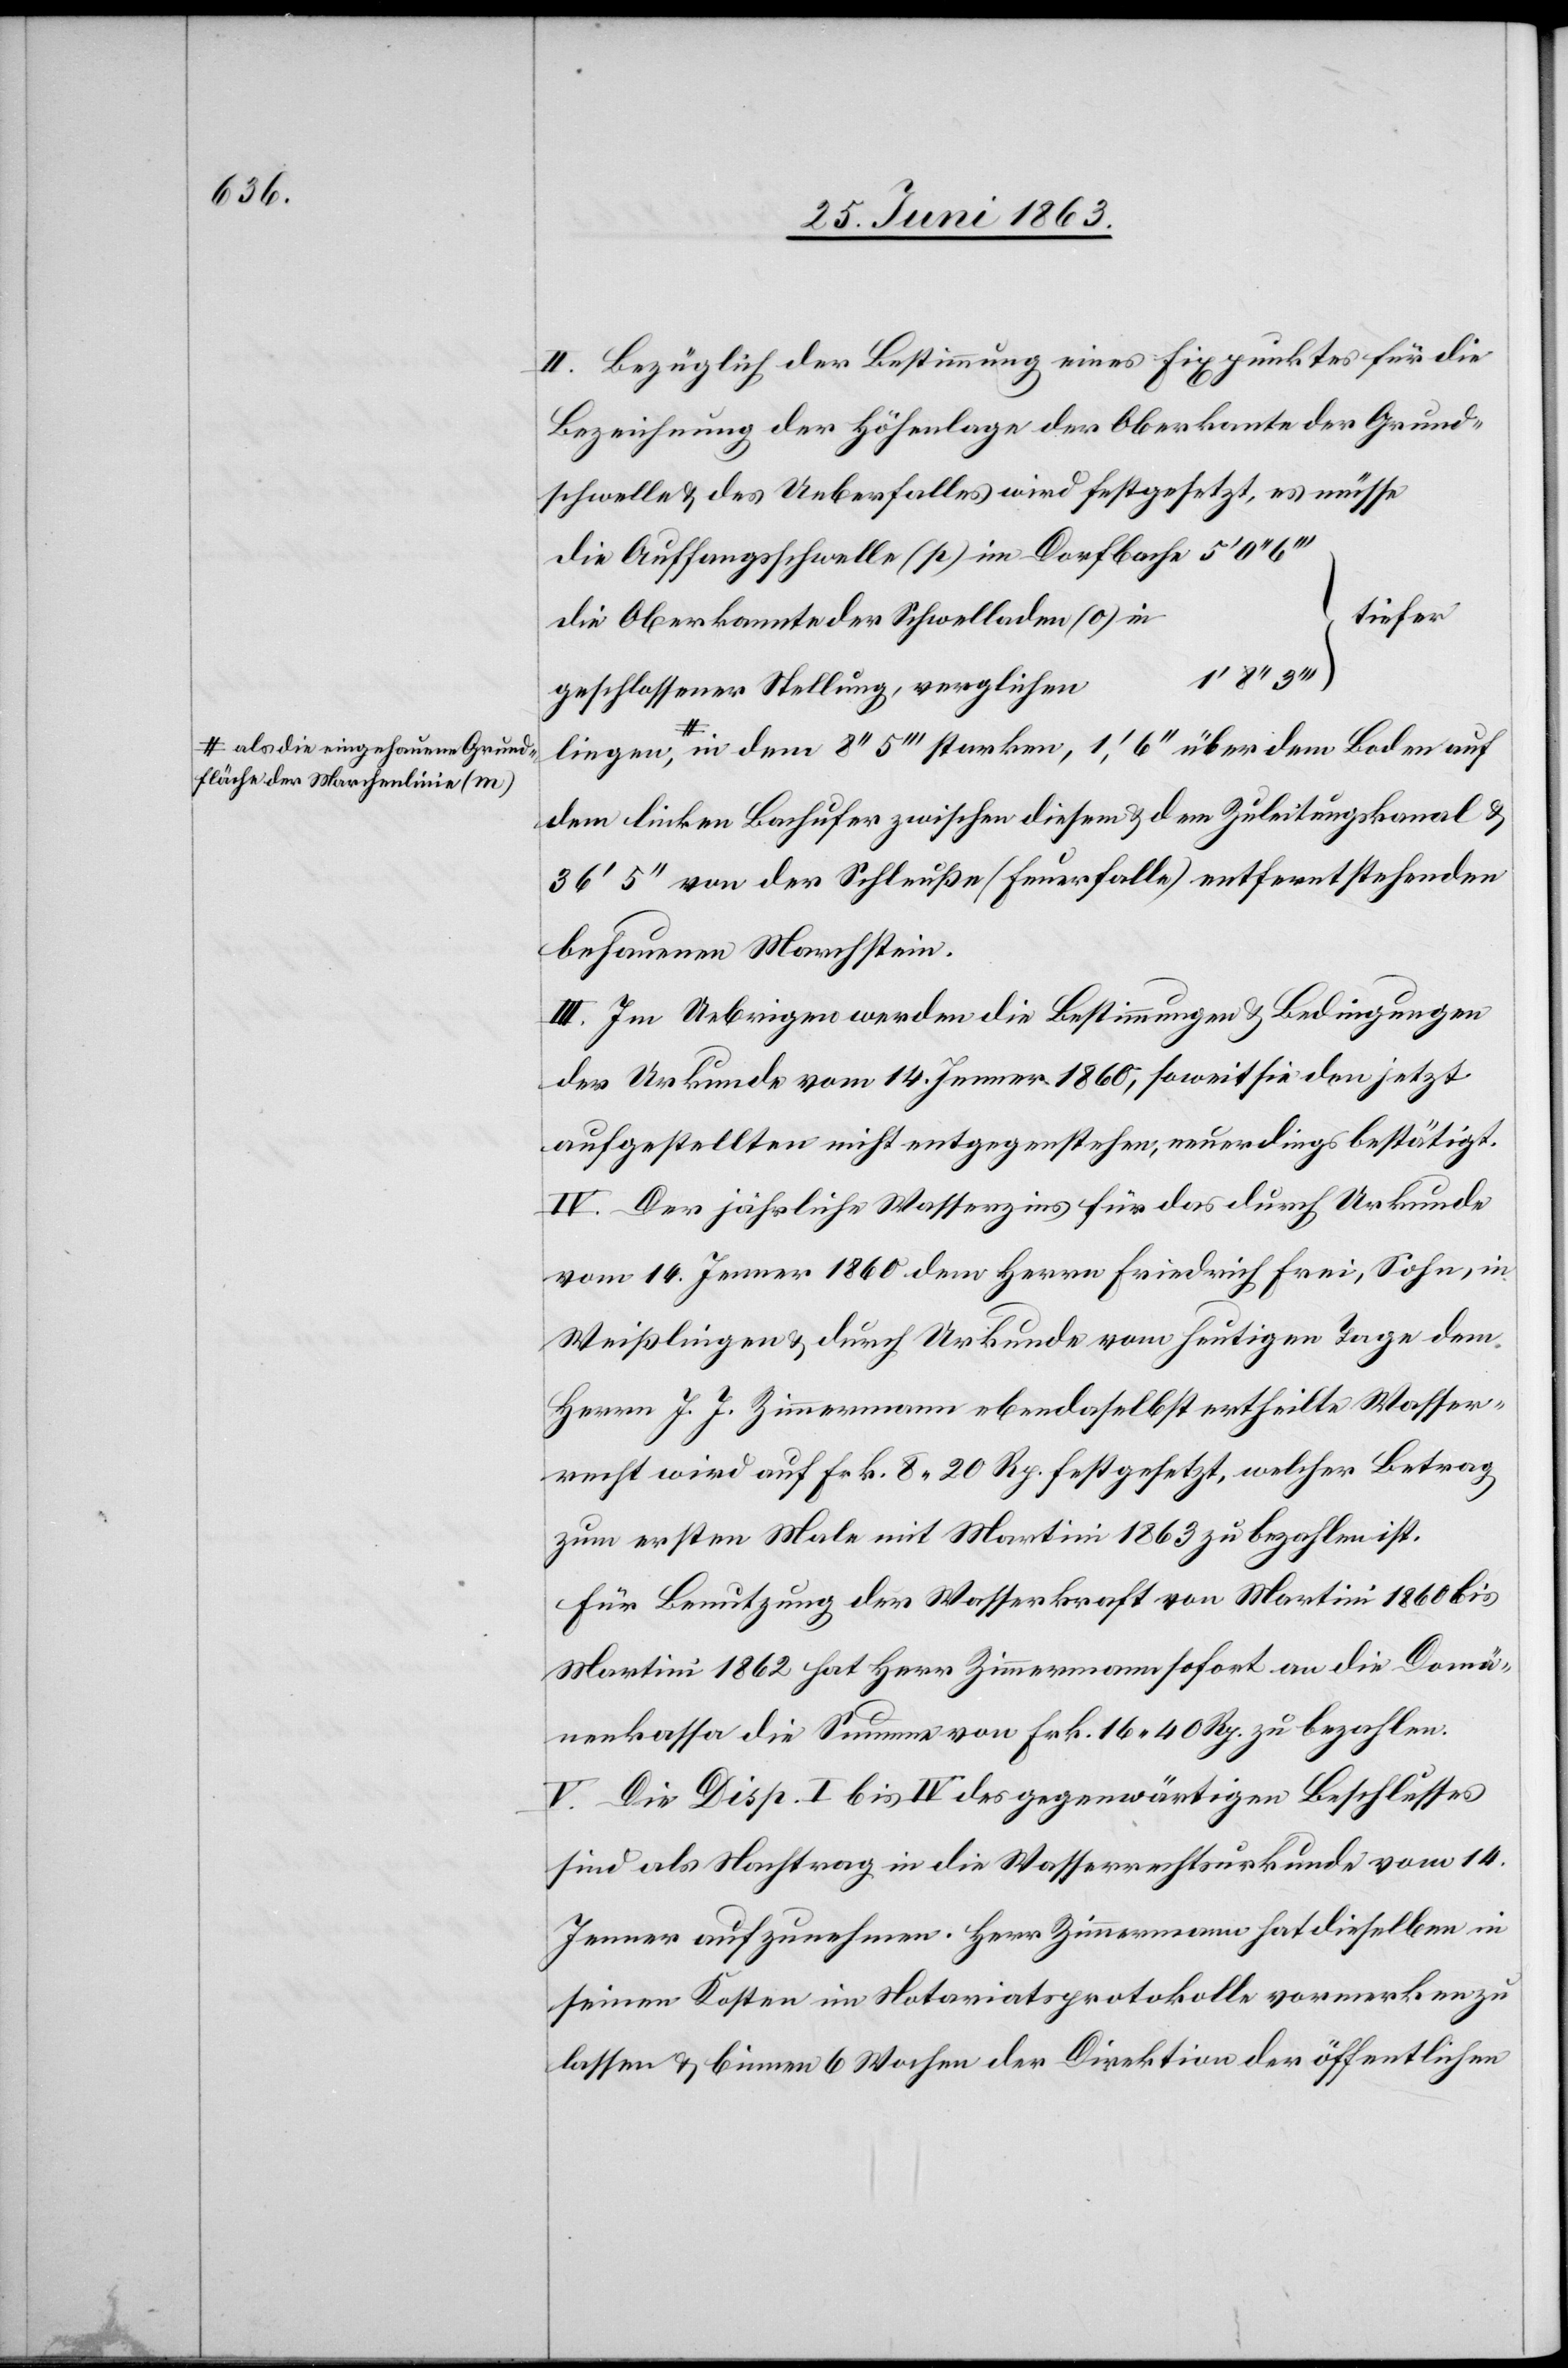
a-als die eingehauene Grund¬
fläche der Marchenlinie (m)-a,

II. Bezüglich der Bestimmung eines Fixpunktes für die
Bezeichnung der Höhenlage der Oberkante der Grund¬
schwelle & des Ueberfalles wird festgesetzt, es müsse
die Auffangsschwelle (p) im Dorfbache
tiefer
die Oberkannte der Schwelladen (o) in
liegen
geschlossener Stellung, verglichen
dem linken Bachufer zwischen diesem & dem Zuleitungskanal &
36' 5'' von der Schleuße (Feuerfalle) entfernt stehenden
behauenen Marchstein.
III. Im Uebrigen werden die Bestimmungen & Bedingungen
der Urkunde vom 14. Jenner 1860, soweit sie den jetzt
aufgestellten nicht entgegenstehen, neuerdings bestätigt.
IV. Der jährliche Wasserzins für das durch Urkunde
vom 14. Jenner 1860 dem Herrn Friedrich Frei, Sohn, in
Weißlingen & durch Urkunde vom heutigen Tage dem
Herrn J. J. Zimmermann ebendaselbst ertheilte Wasser¬
recht wird auf Frk. 8. 20 Rp. festgesetzt, welcher Betrag
zum ersten Male mit Martini 1863 zu bezahlen ist.
Für Benutzung der Wasserkraft von Martini 1860 bis
Martini 1862 hat Herr Zimmermann sofort an die Domä¬
nenkassa die Summe von Frk. 16. 40 Rp. zu bezahlen.
V. Die Disp. I bis IV des gegenwärtigen Beschlusses
sind als Nachtrag in die Wasserrechtsurkunde vom 14.
Jenner aufzunehmen. Herr Zimmermann hat dieselben in
seinen Kosten im Notariatsprotokolle vormerken zu
lassen & binnen 6 Wochen der Direktion der öffentlichen